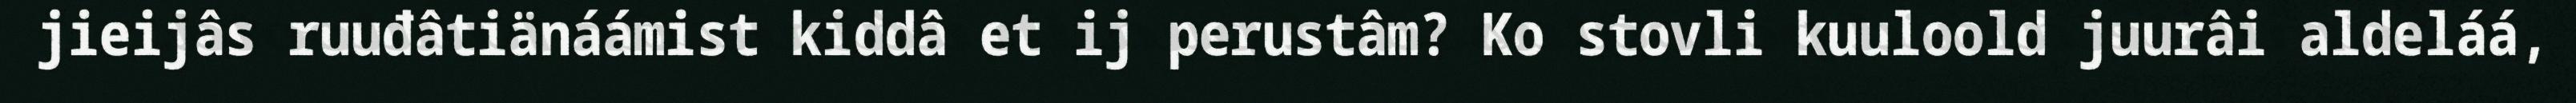
jieijâs ruuđâtiänáámist kiddâ et ij perustâm? Ko stovli kuuloold juurâi aldeláá,